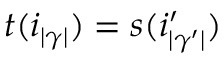
t ( i _ { | \gamma | } ) = s ( i _ { | \gamma ^ { \prime } | } ^ { \prime } )